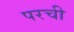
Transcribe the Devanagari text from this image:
परची